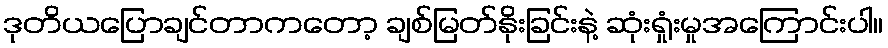
ဒုတိယပြောချင်တာကတော့ ချစ်မြတ်နိုးခြင်းနဲ့ ဆုံးရှုံးမှုအကြောင်းပါ။